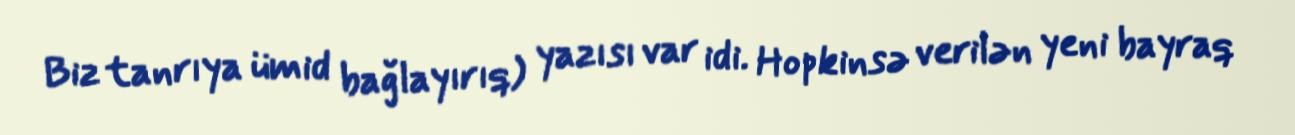
Biz tanrıya ümid bağlayırıq) yazısı var idi. Hopkinsə verilən yeni bayraq